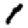
Digit: 1